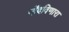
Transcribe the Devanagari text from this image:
नोंदविणारा